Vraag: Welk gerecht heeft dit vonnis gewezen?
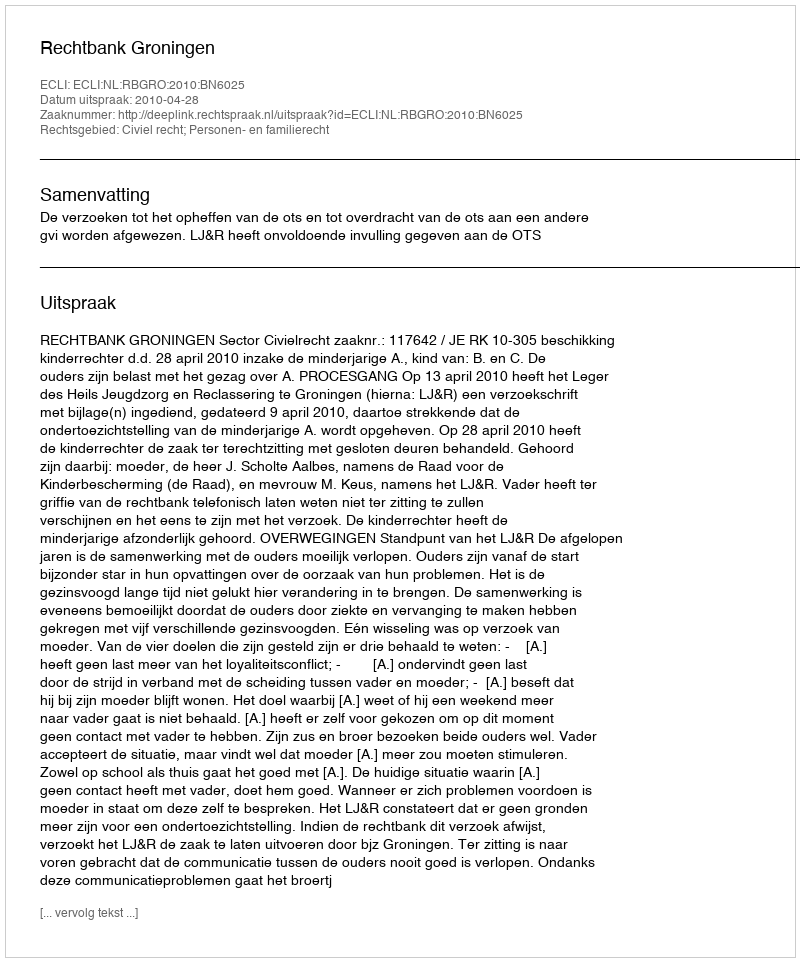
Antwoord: Rechtbank Groningen